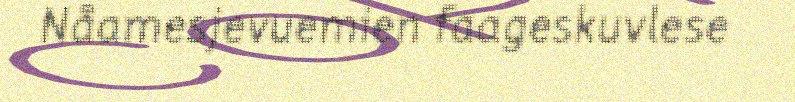
Nåamesjevuemien faageskuvlese